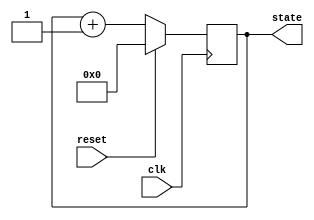
module synchronous_reset_example (
    input wire clk,          // Clock signal
    input wire reset,        // Synchronous reset signal
    output reg [7:0] state   // State output (8-bit register)
);

// Internal state declaration
reg [7:0] next_state;

// Behavioral block
always @(posedge clk) begin
    if (reset) begin
        // Reset condition: set state to predefined reset value
        state <= 8'b00000000; // Reset value
    end else begin
        // State update logic (example: simple increment)
        state <= next_state;  // Update state based on next_state
    end
end

// Example logic to define next_state (this can be modified as needed)
always @(*) begin
    // Simple example: increment state
    next_state = state + 1;
end

endmodule